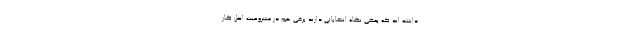
داشته اند که بعضی نگاه انتخاباتی دارند برخی هم در مشروعیت اصل کار